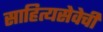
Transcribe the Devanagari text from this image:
साहित्यसेवेची